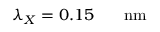
\lambda _ { X } = 0 . 1 5 \ensuremath { \mathrm { ~ \textrm ~ { ~ \, ~ } ~ } } \ensuremath { \mathrm { n m } }